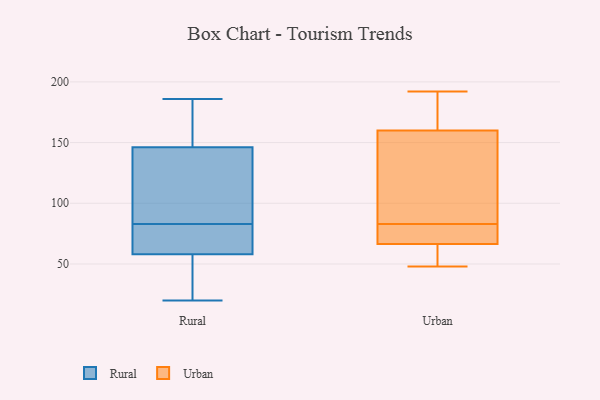
{"axis": {"x": "Budget (USD K)", "y": "Value"}, "legend": ["Rural", "Urban"], "data": [{"x": "", "y": 20, "type": "Rural"}, {"x": "", "y": 64, "type": "Rural"}, {"x": "", "y": 147, "type": "Rural"}, {"x": "", "y": 162, "type": "Rural"}, {"x": "", "y": 26, "type": "Rural"}, {"x": "", "y": 186, "type": "Rural"}, {"x": "", "y": 142, "type": "Rural"}, {"x": "", "y": 33, "type": "Rural"}, {"x": "", "y": 72, "type": "Rural"}, {"x": "", "y": 100, "type": "Rural"}, {"x": "", "y": 144, "type": "Rural"}, {"x": "", "y": 83, "type": "Rural"}, {"x": "", "y": 69, "type": "Rural"}, {"x": "", "y": 177, "type": "Rural"}, {"x": "", "y": 56, "type": "Rural"}, {"x": "", "y": 192, "type": "Urban"}, {"x": "", "y": 82, "type": "Urban"}, {"x": "", "y": 48, "type": "Urban"}, {"x": "", "y": 151, "type": "Urban"}, {"x": "", "y": 65, "type": "Urban"}, {"x": "", "y": 50, "type": "Urban"}, {"x": "", "y": 83, "type": "Urban"}, {"x": "", "y": 179, "type": "Urban"}, {"x": "", "y": 162, "type": "Urban"}, {"x": "", "y": 150, "type": "Urban"}, {"x": "", "y": 71, "type": "Urban"}, {"x": "", "y": 175, "type": "Urban"}, {"x": "", "y": 48, "type": "Urban"}, {"x": "", "y": 78, "type": "Urban"}, {"x": "", "y": 154, "type": "Urban"}]}